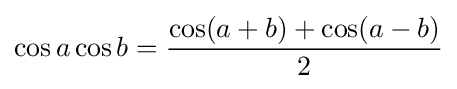
\cos a\cos b={\frac {\cos(a+b)+\cos(a-b)}{2}}